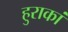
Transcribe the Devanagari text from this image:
हुराकां